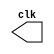
// -------------------------
// Nome: Marcio Enio Gonalves Dutra Junior
// -------------------------

// --------------------------- 
// -- clock
// --------------------------- 
 
module clock ( clk ); 
 output clk; 
 reg      clk; 
 
 initial 
  begin 
   clk = 1'b0; 
  end 
 
 always 
  begin 
   #12 clk = ~clk; 
  end 
endmodule